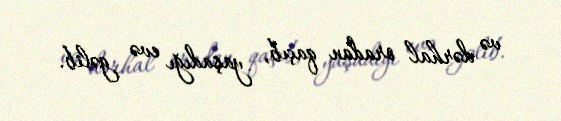
və dərhal oradan qaçıb, yaşadığı evə gəlib.